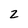
Character: z